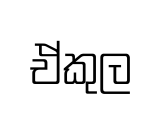
ඒකුල